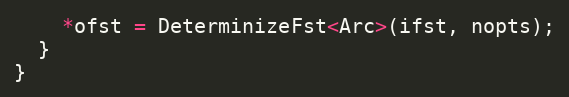
Language: C
    *ofst = DeterminizeFst<Arc>(ifst, nopts);
  }
}